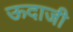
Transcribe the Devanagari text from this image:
ऊदाजी